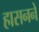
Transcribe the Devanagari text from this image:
हासनने